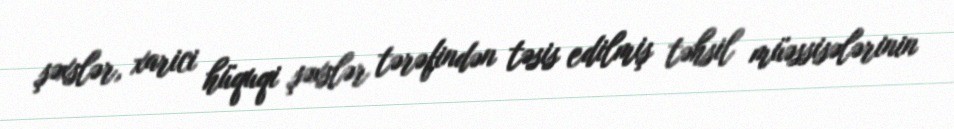
şəxslər, xarici hüquqi şəxslər tərəfindən təsis edilmiş təhsil müəssisələrinin